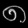
Digit: ၈